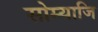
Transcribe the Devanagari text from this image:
सोम्याजि